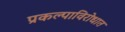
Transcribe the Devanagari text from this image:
प्रकल्पाविरोधात